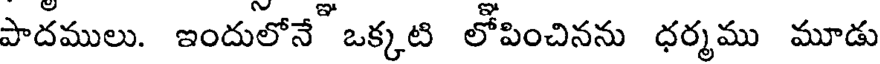
పాదములు. ఇందులోనే ఒక్కటి లోపించినను ధర్మము మూడు